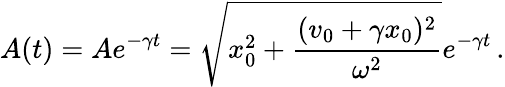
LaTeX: A(t)=Ae^{-\gamma t}=\sqrt{x_{0}^{2}+\frac{(v_{0}+\gamma x_{0})^{2}}{\omega^{2}}}e^{-\gamma t}\, .